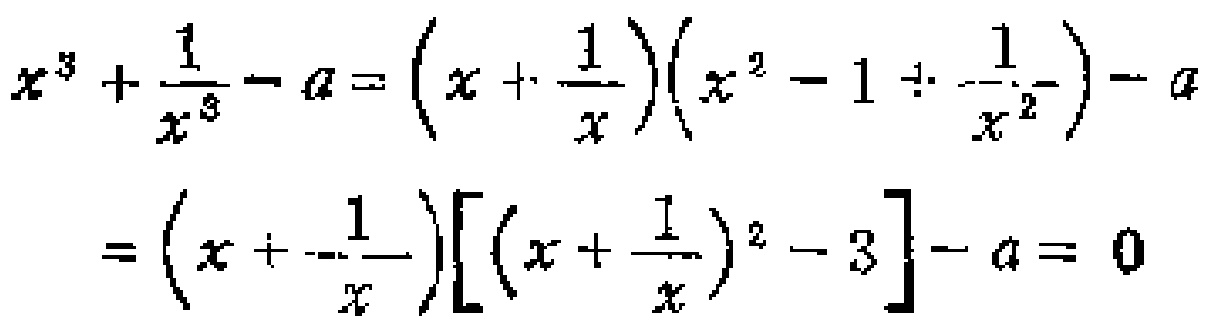
\[
\begin{align*}
x^{3}+\frac{1}{x^{3}}-a&=(x + \frac{1}{x})(x^{2}-1+\frac{1}{x^{2}})-a\\
&=(x+\frac{1}{x})[(x + \frac{1}{x})^{2}-3]-a = 0
\end{align*}
\]